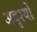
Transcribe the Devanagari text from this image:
अदृश्यो